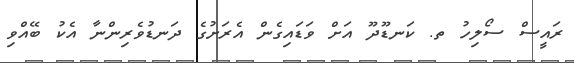
ރައީސް ސޯލިހު ތ. ކަނޑޫދޫ އަށް ވަޑައިގެން އެރަށުގެ ދަނޑުވެރިންނާ އެކު ބޭއްވި